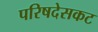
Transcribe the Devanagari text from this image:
परिषदेसकट